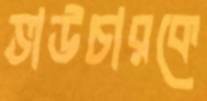
ভাউচারকে